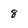
Character: 8